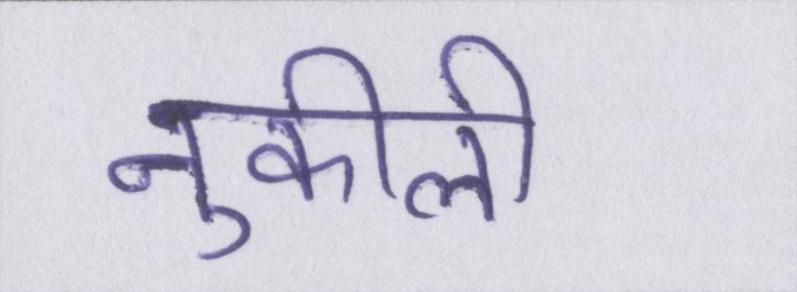
नुकीली